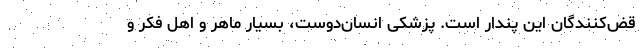
قض‌کنندگان این پندار است. پزشکی انسان‌دوست، بسیار ماهر و اهل فکر و